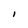
Character: I